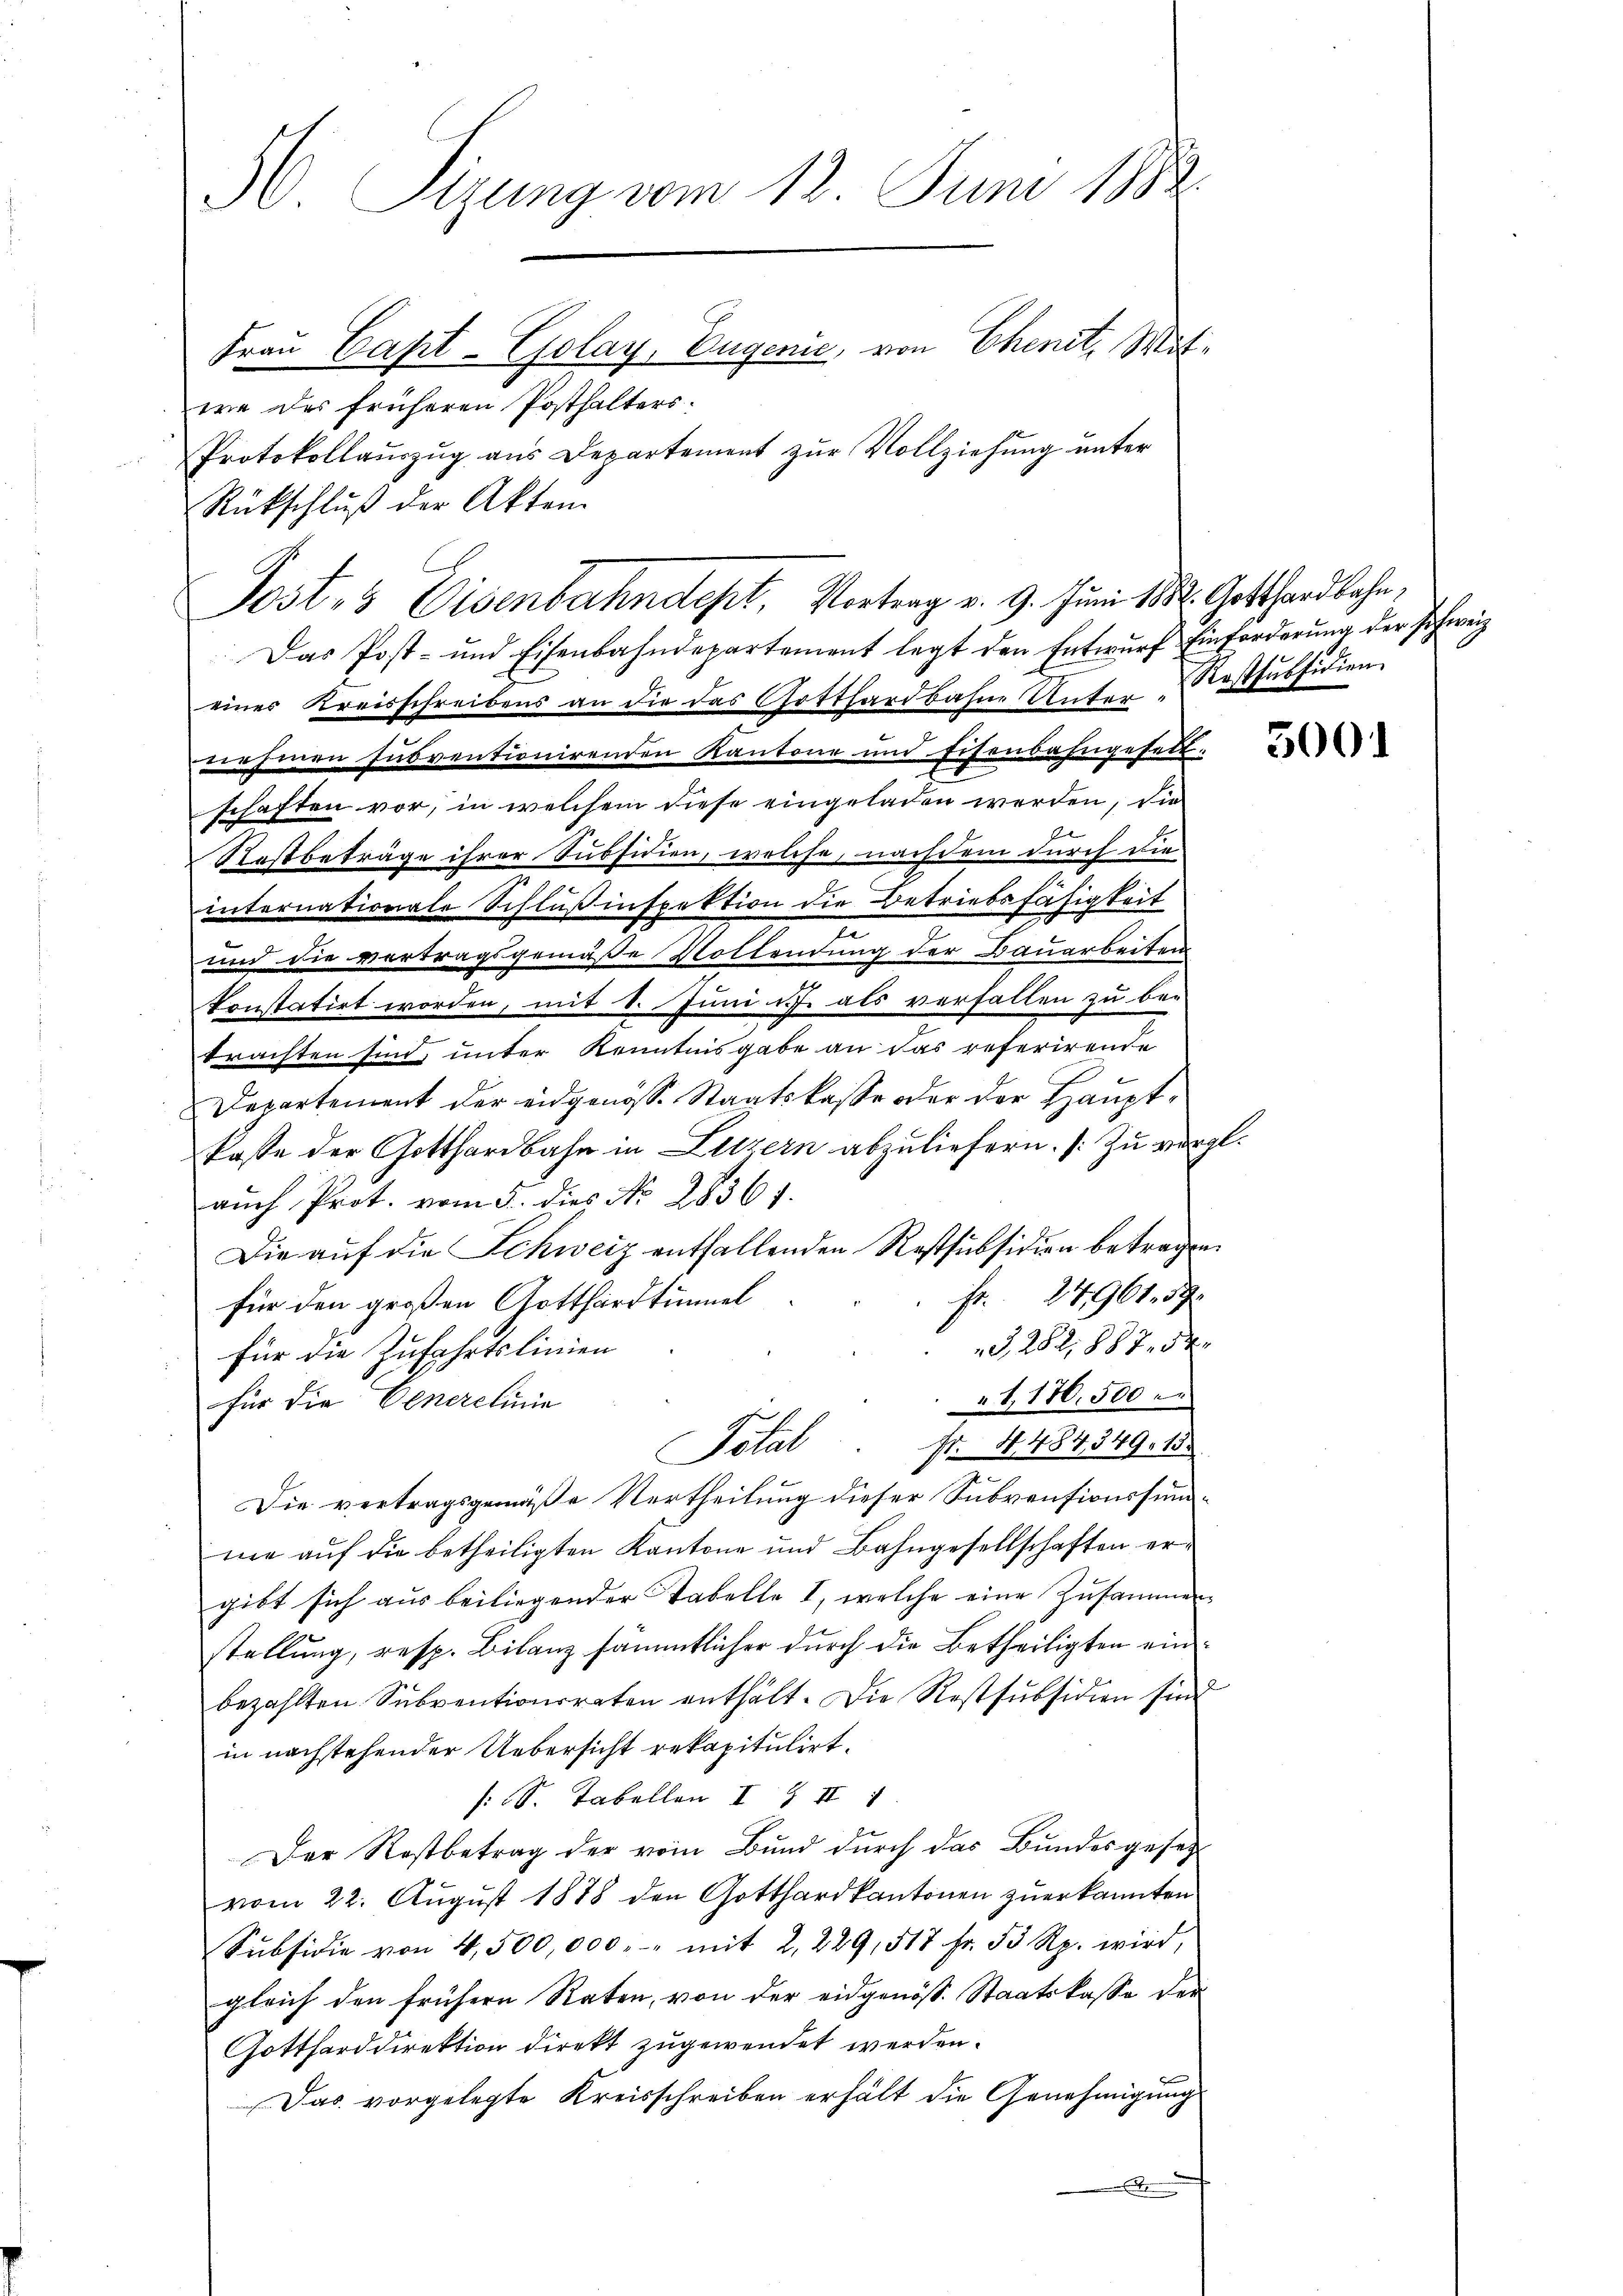
H. Sizung vom 13. Juni 1882.
Frau Capt-Zolay, Eugenie, von Chent, Mitwe des früheren Posthalters:
Protokollaŭszŭg aŭs Departement zŭr Vollziehŭng ŭnter
Rückschluß der Akten

Das Post- und Eisenbahndepartement legt den Entwŭrf Einforderŭng der schweiz
eines Kreisschreibens an die das Gotthardbahne Unter Kostfussuien
 hinen subventionirenden Kantone und Eisenbahngesett.
schaften vor, in welchem diese eingeladen werden, die
17
Rostbeträge ihrer Subsidien, welche, nachdem durch die
internationale Schluß inspektion die Betriebsfähigkeit
und die vertragsgemäße Vollendung der Bauarbeiten
konstatirt worden, mit 8. Juni u. als verfallen zu be-
trachten sind, unter Kenntnisgabe an das referirende
Departement der eidgenöss. Staatskasse oder der Hauptkaste der Gotthardbahn in Luzern abzuliefern. Zu vergl.
auch Prot. vom 5. dies No. 28561.
Die aŭf die Schweiz entfallenden Restsubsidion betragen.
fr. 27961. 57
für den großen Gotthardtümmel
G,282,887. 54
für die Zufahrtslinien
1,176,500 e
für die Venerelinie
Nr. 4484,349. 15.
Pital
Die vertragsgemäße Vertheilung dieser Subventionssumme auf die betheiligten Kantone und Bahngesellschaften ergibt sich aus beiliegender Tabelle I, welche eine Zusammenstellung, resp. Bilanz sämmtlicher durch die Betheiligten einbezahlten Subventionsraten enthält. Die Restsubsidien sind
in nachstehender Uebersicht rekapitulirt.
S. Tabellen I & II 1
Der Rostbetrag der vom Bund durch das Bundesgesetz-
vom 22. Aŭgŭst 1878 den Gotthardkantonen zŭerkannten
Sŭbsidie von 4,500,000. mit 2, 229, 518 fr. 53 Rp. wird,
gleich den frühern Raten, von der eidgenöss. Staatskasse der
Gottharddirektion direkt zugewendet werden.
Das vorgelegte Kreisschreiben erhält die Genehmigung
.

Post 3 Eisenbahndept, Vortrag v. 9. Juni 1832. Gotthardbahn,

3001